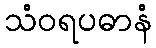
သံဝရပဓာနံ